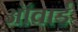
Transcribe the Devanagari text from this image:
ऑवार्ड